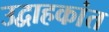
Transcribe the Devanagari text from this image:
उद्वाहकांत